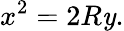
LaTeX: x^{2}=2R\mathit{y}.